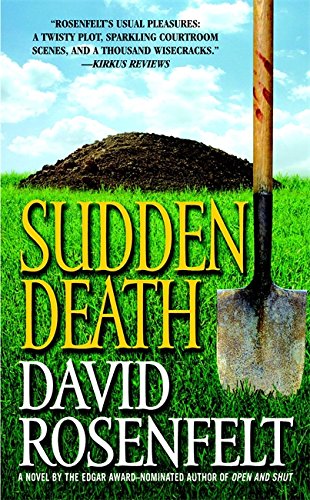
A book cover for Sudden Death; David Rosenfelt; Mystery, Thriller & Suspense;